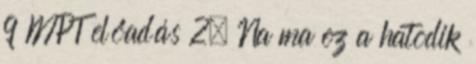
9 MPT előadás 2. Na ma ez a hatodik